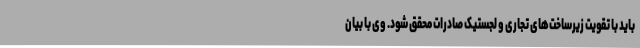
باید با تقویت زیرساخت‌های تجاری و لجستیک صادرات محقق شود. وی با بیان